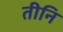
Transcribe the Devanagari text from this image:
तीनि